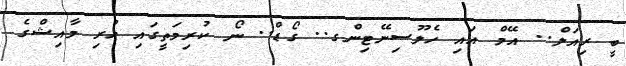
ބީ ރިއަލް.. އޭމް އައި ހެލޫސިނޭޓިންގ.. ގޯޑް.. ނޯ ކުރިމަތީގައި ހުރި މާއިޝްގެ